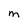
Character: M